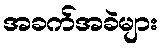
အခက်အခဲများ